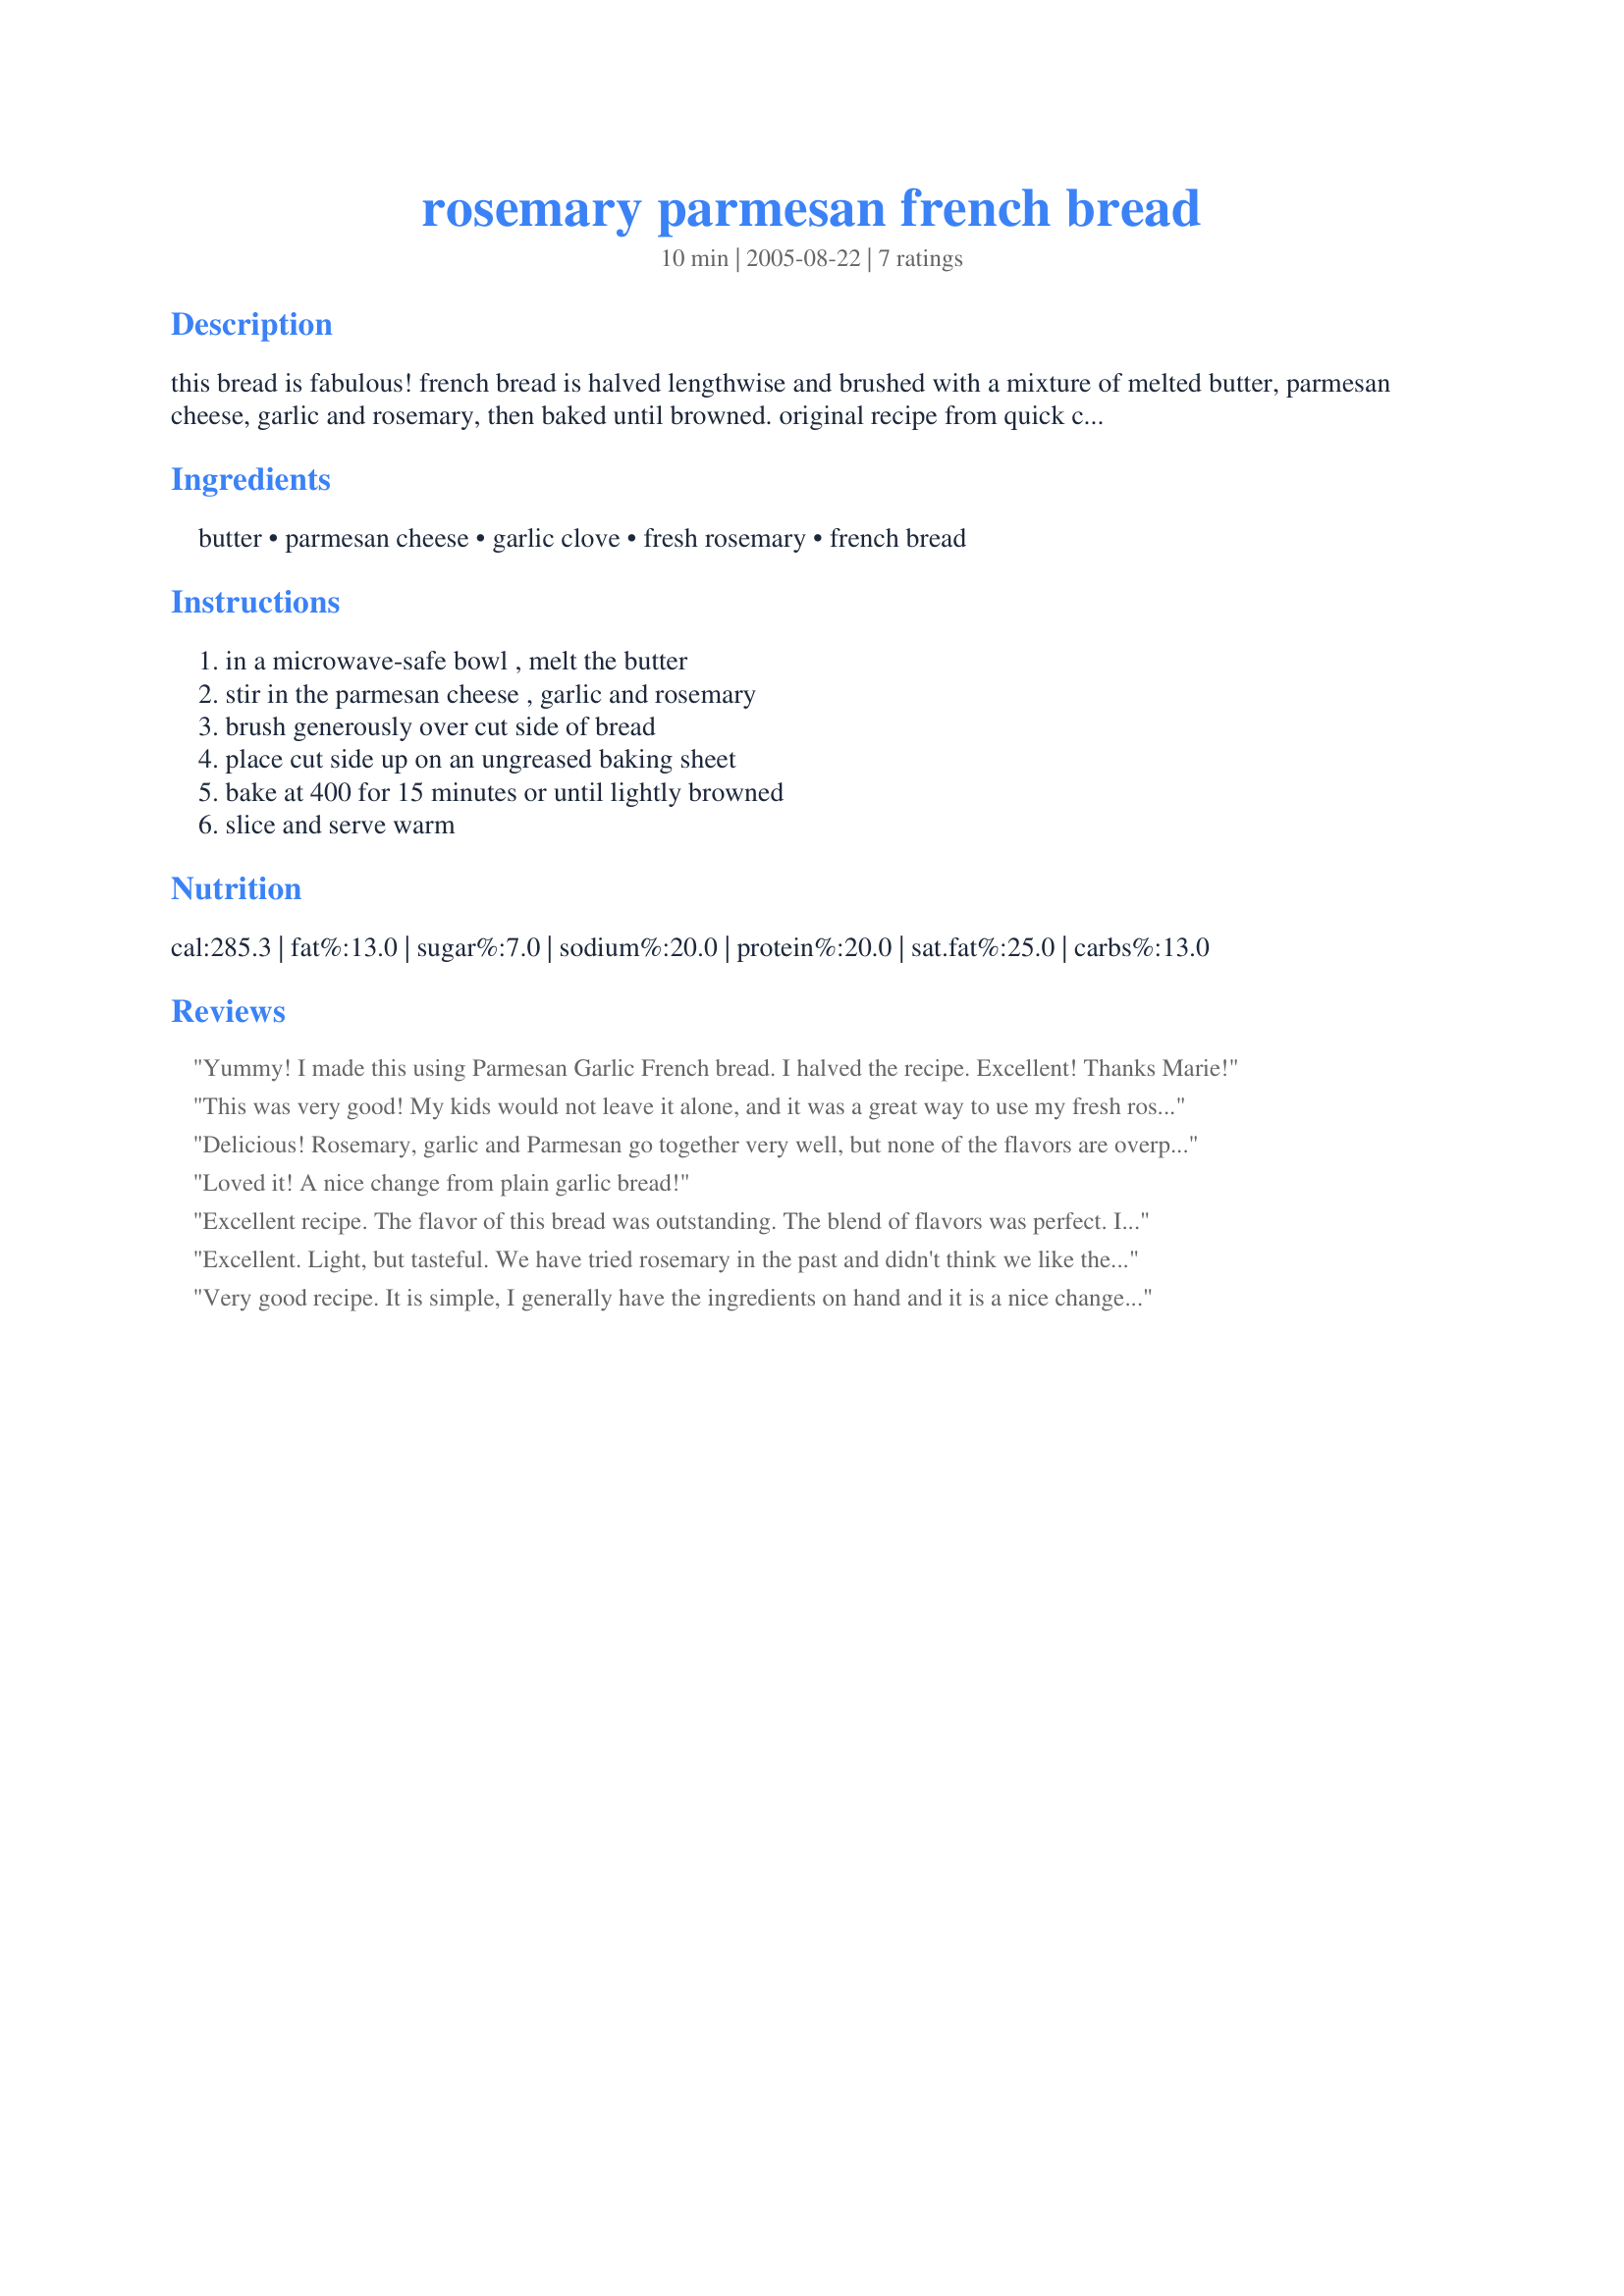
rosemary parmesan french bread
Preparation time: 10 minutes

this bread is fabulous! french bread is halved lengthwise and brushed with a mixture of melted butter, parmesan cheese, garlic and rosemary, then baked until browned. original recipe from quick cooking.

Ingredients:
butter, parmesan cheese, garlic clove, fresh rosemary, french bread

Steps:
in a microwave-safe bowl , melt the butter, stir in the parmesan cheese , garlic and rosemary, brush generously over cut side of bread, place cut side up on an ungreased baking sheet, bake at 400 for 15 minutes or until lightly browned, slice and serve warm

Reviews:
Yummy! I made this using Parmesan Garlic French bread. I halved the recipe. Excellent! Thanks Marie!
This was very good! My kids would not leave it alone, and it was a great way to use my fresh rosemary..I also used fresh grated parmesan.
Delicious! Rosemary, garlic and Parmesan go together very well, but none of the flavors are overpowering so this would be a great addition to any meal. I plan on making a couple of loaves for the freezer, too. Mine was done a bit early, about 11 minutes, so watch carefully. Thanks, Marie, for another yummy recipe!
Loved it! A nice change from plain garlic bread!
Excellent recipe. The flavor of this bread was outstanding. The blend of flavors was perfect. I will be making this again and again. Thank you for sharing your recipe Marie!
Excellent. Light, but tasteful. We have tried rosemary in the past and didn't think we like the flavor, but this was excellent. Just the right combination with a little extra garlic added. Thanks again for a wonderful recipe Marie.
Very good recipe. It is simple, I generally have the ingredients on hand and it is a nice change from plain garlic bread.
